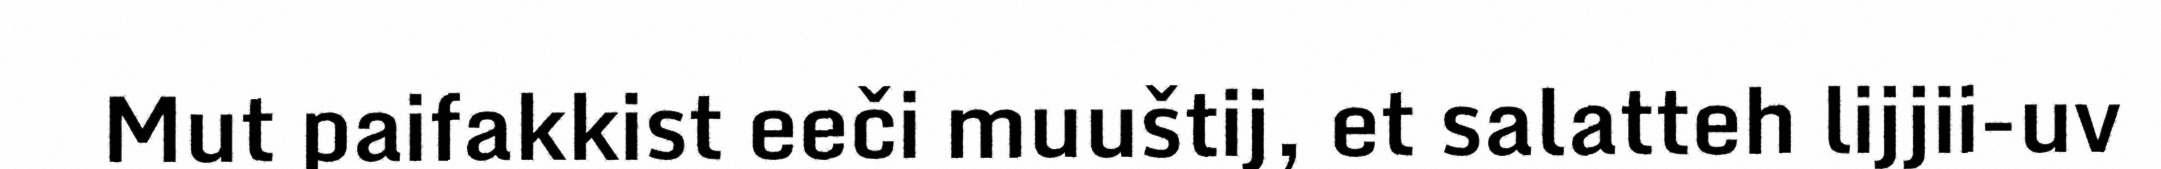
Mut paifakkist eeči muuštij, et salatteh lijjii-uv